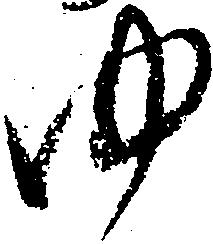
ゆ